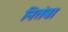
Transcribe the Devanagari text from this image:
नितंबा